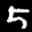
Label: 5